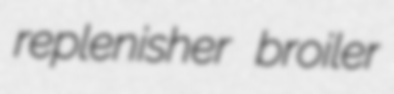
replenisher broiler